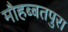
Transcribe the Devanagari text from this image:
मौहब्बतपुरा